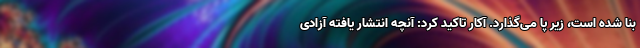
بنا شده است، زیر پا می‌گذارد. آکار تاکید کرد: آنچه انتشار یافته آزادی